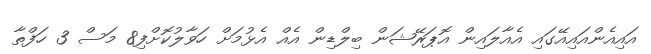
އައިއެންއައިއޭގައި އެއާލައިން އޮޕަރޭޝަން ބިލްޑިން އެއް އެޅުމަށް ހަވާލުކޮށްފި8 މަސް 3 ހަފްތާ